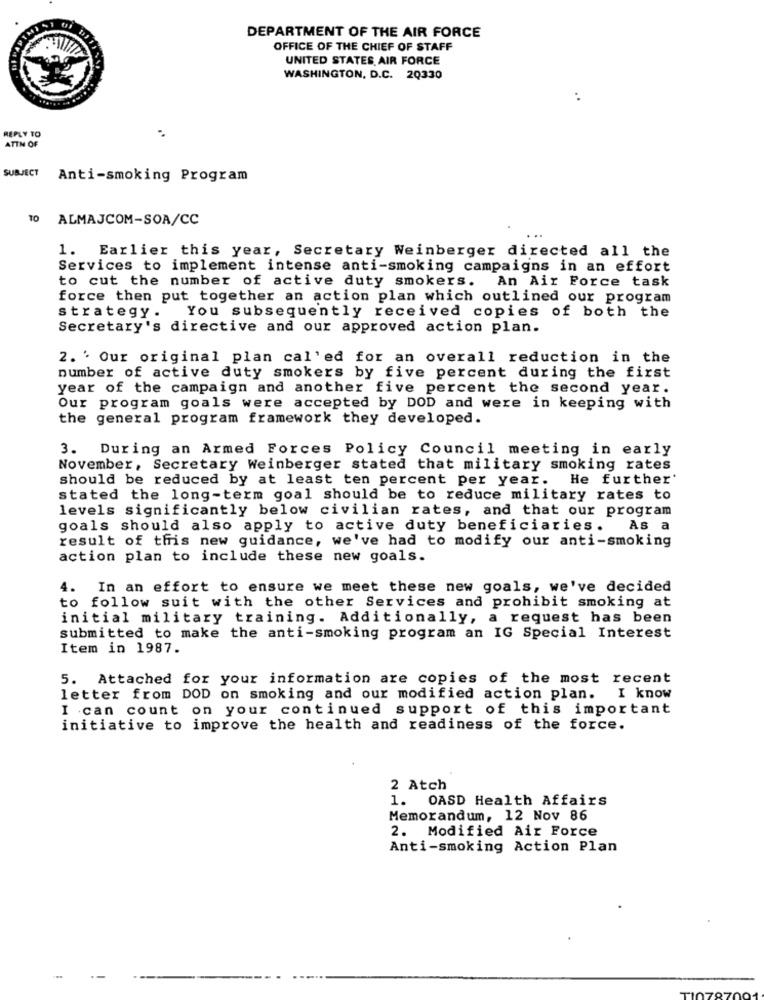
DEPARTMENT OF THE AIR FORCE
OFFICE OF THE CHIEF OF STAFF
UNITED STATES AIR FORCE
WASHINGTON, D.C. 20330
:
REPLY TO
.
ATTM OF
SUBJECT
Anti-smoking Program
10 ALMAJCOM-SOA/CC
1. Earlier this year, Secretary Weinberger directed all the
Services to implement intense anti-smoking campaigns in an effort
to cut the number of active duty smokers. An Air Force task
force then put together an action plan which outlined our program
You subsequently received copies of both the
strategy .
Secretary's directive and our approved action plan.
2. ' Our original plan cal'ed for an overall reduction in the
number of active duty smokers by five percent during the first
year of the campaign and another five percent the second year.
Our program goals were accepted by DOD and were in keeping with
the general program framework they developed.
3. During an Armed Forces Policy Council meeting in early
November, Secretary Weinberger stated that military smoking rates
should be reduced by at least ten percent per year.
He further'
stated the long-term goal should be to reduce military rates to
levels significantly below civilian rates, and that our program
goals should also apply to active duty beneficiaries. As a
result of this new guidance, we've had to modify our anti-smoking
action plan to include these new goals.
4. In an effort to ensure we meet these new goals, we've decided
to follow suit with the other Services and prohibit smoking at
initial military training. Additionally, a request has been
submitted to make the anti-smoking program an IG Special Interest
Item in 1987.
5. Attached for your information are copies of the most recent
letter from DOD on smoking and our modified action plan.
I know
I can count on your continued support of this important
initiative to improve the health and readiness of the force.
2 Atch
1. OASD Health Affairs
Memorandum, 12 Nov 86
2. Modified Air Force
Anti-smoking Action Plan